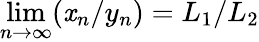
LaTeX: \lim\limits_{n\rightarrow\infty}(\mathit{x}_{n}/y_{n})=L_{1}/L_{2}